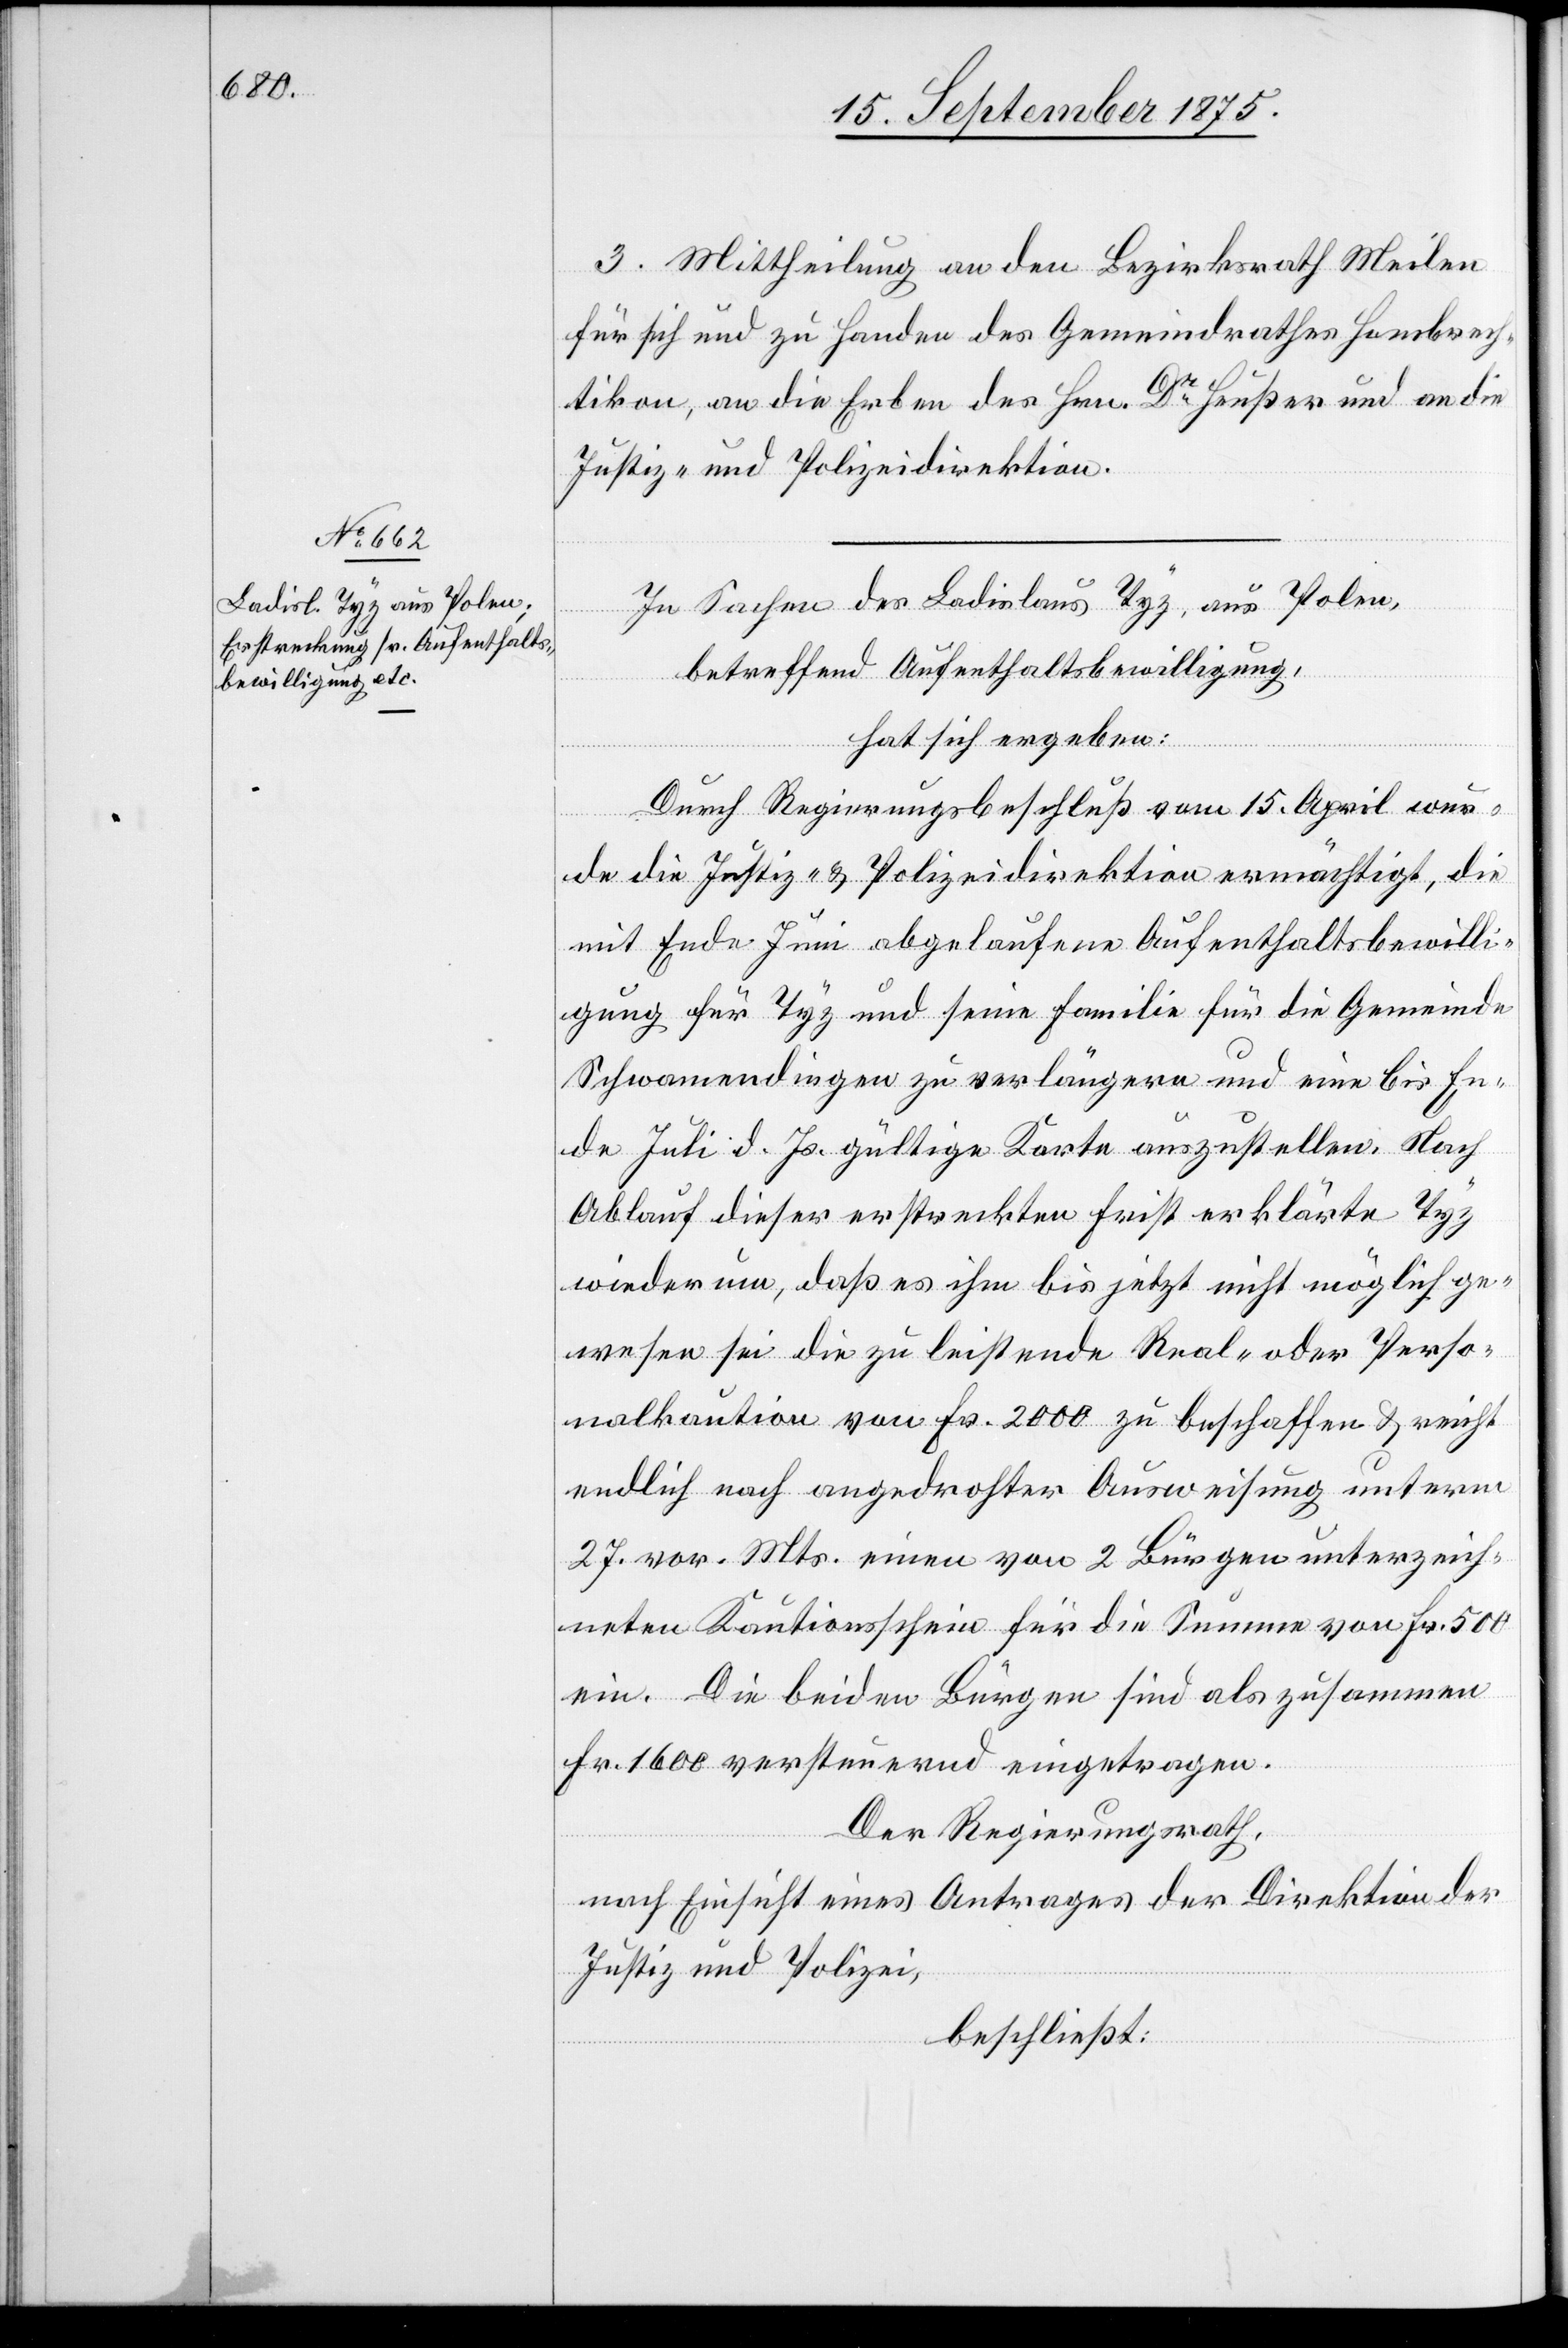
3. Mittheilung an den Bezirksrath Meilen
für sich und zu Handen des Gemeindrathes Hombrech¬
tikon, an die Erben des Hrn. Dr Heußer und an die
Justiz- und Polizeidirektion.
In Sachen des Ladislaus Tyz, aus Polen,
betreffend Aufenthaltsbewilligung,
hat sich ergeben:
Durch Regierungsbeschluß vom 15. April wur¬
de die Justiz- & Polizeidirektion ermächtigt, die
mit Ende Juni abgelaufene Aufenthaltsbewilli¬
gung für Tyz und seine Familie für die Gemeinde
Schwamendingen zu verlängern und eine bis En¬
de Juli d. Js. gültige Karte auszustellen. Nach
Ablauf dieser erstreckten Frist erklärte Tyz
wiederum, daß es ihm bis jetzt nicht möglich ge¬
wesen sei die zu leistende Real- oder Perso¬
nalkaution von Fr. 2000 zu beschaffen & reicht
endlich nach angedrohter Ausweisung unterm
27. vor. Mts. einen von 2 Bürgen unterzeich¬
neten Kautionsschein für die Summe von Fr. 500
ein. Die beiden Bürgen sind als zusammen
Fr. 1600 versteuernd eingetragen.
Der Regierungsrath,
nach Einsicht eines Antrages der Direktion der
Justiz und Polizei,
beschließt: